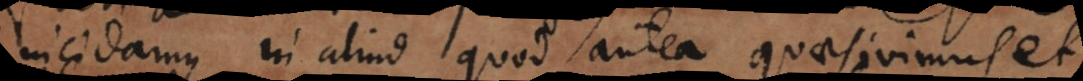
incidamus in aliud quod antea quaesivimus, et